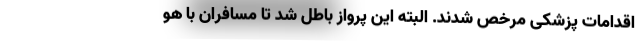
اقدامات پزشکی مرخص شدند. البته این پرواز باطل شد تا مسافران با هو